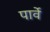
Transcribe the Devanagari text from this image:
पार्वे